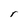
Character: r